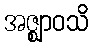
အဇ္ဈာဝသိ